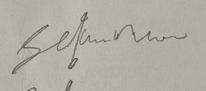
Signature authenticity: forged